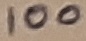
Text: 100Ω